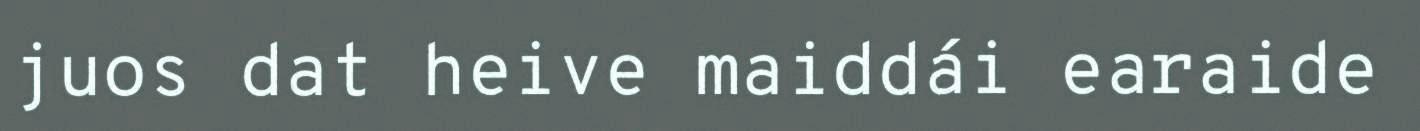
juos dat heive maiddái earaide